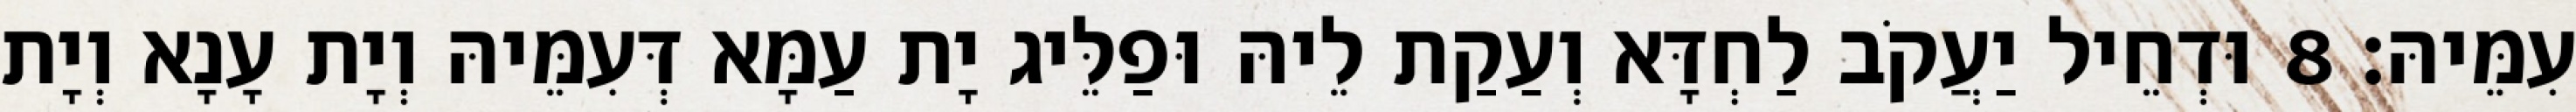
עִמֵּיהּ׃ 8 וּדְחֵיל יַעֲקֹב לַחְדָּא וְעַקַת לֵיהּ וּפַלֵּיג יָת עַמָּא דְּעִמֵּיהּ וְיָת עָנָא וְיָת